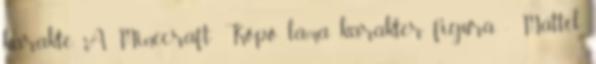
karakte. A Minecraft: Köpő láma karakter figura - Mattel